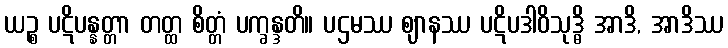
ယဉ္စ ပဋိပန္နတ္တာ တတ္ထ စိတ္တံ ပက္ခန္ဒတိ။ ပဌမဿ ဈာနဿ ပဋိပဒါဝိသုဒ္ဓိ အာဒိ, အာဒိဿ